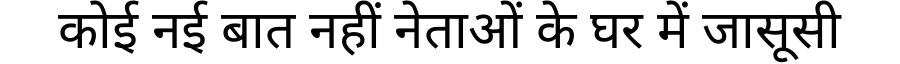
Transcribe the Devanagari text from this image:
कोई नई बात नहीं नेताओं के घर में जासूसी